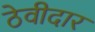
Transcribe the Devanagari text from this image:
ठेवीदार